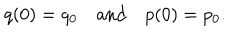
LaTeX: q ( 0 ) = q _ { 0 } \quad \mathrm { a n d } \quad p ( 0 ) = p _ { 0 } .